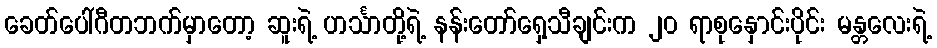
ခေတ်ပေါ်ဂီတဘက်မှာတော့ ဆူးရဲ့ ဟင်္သာတို့ရဲ့ နန်းတော်ရှေ့သီချင်းက ၂၀ ရာစုနှောင်းပိုင်း မန္တလေးရဲ့